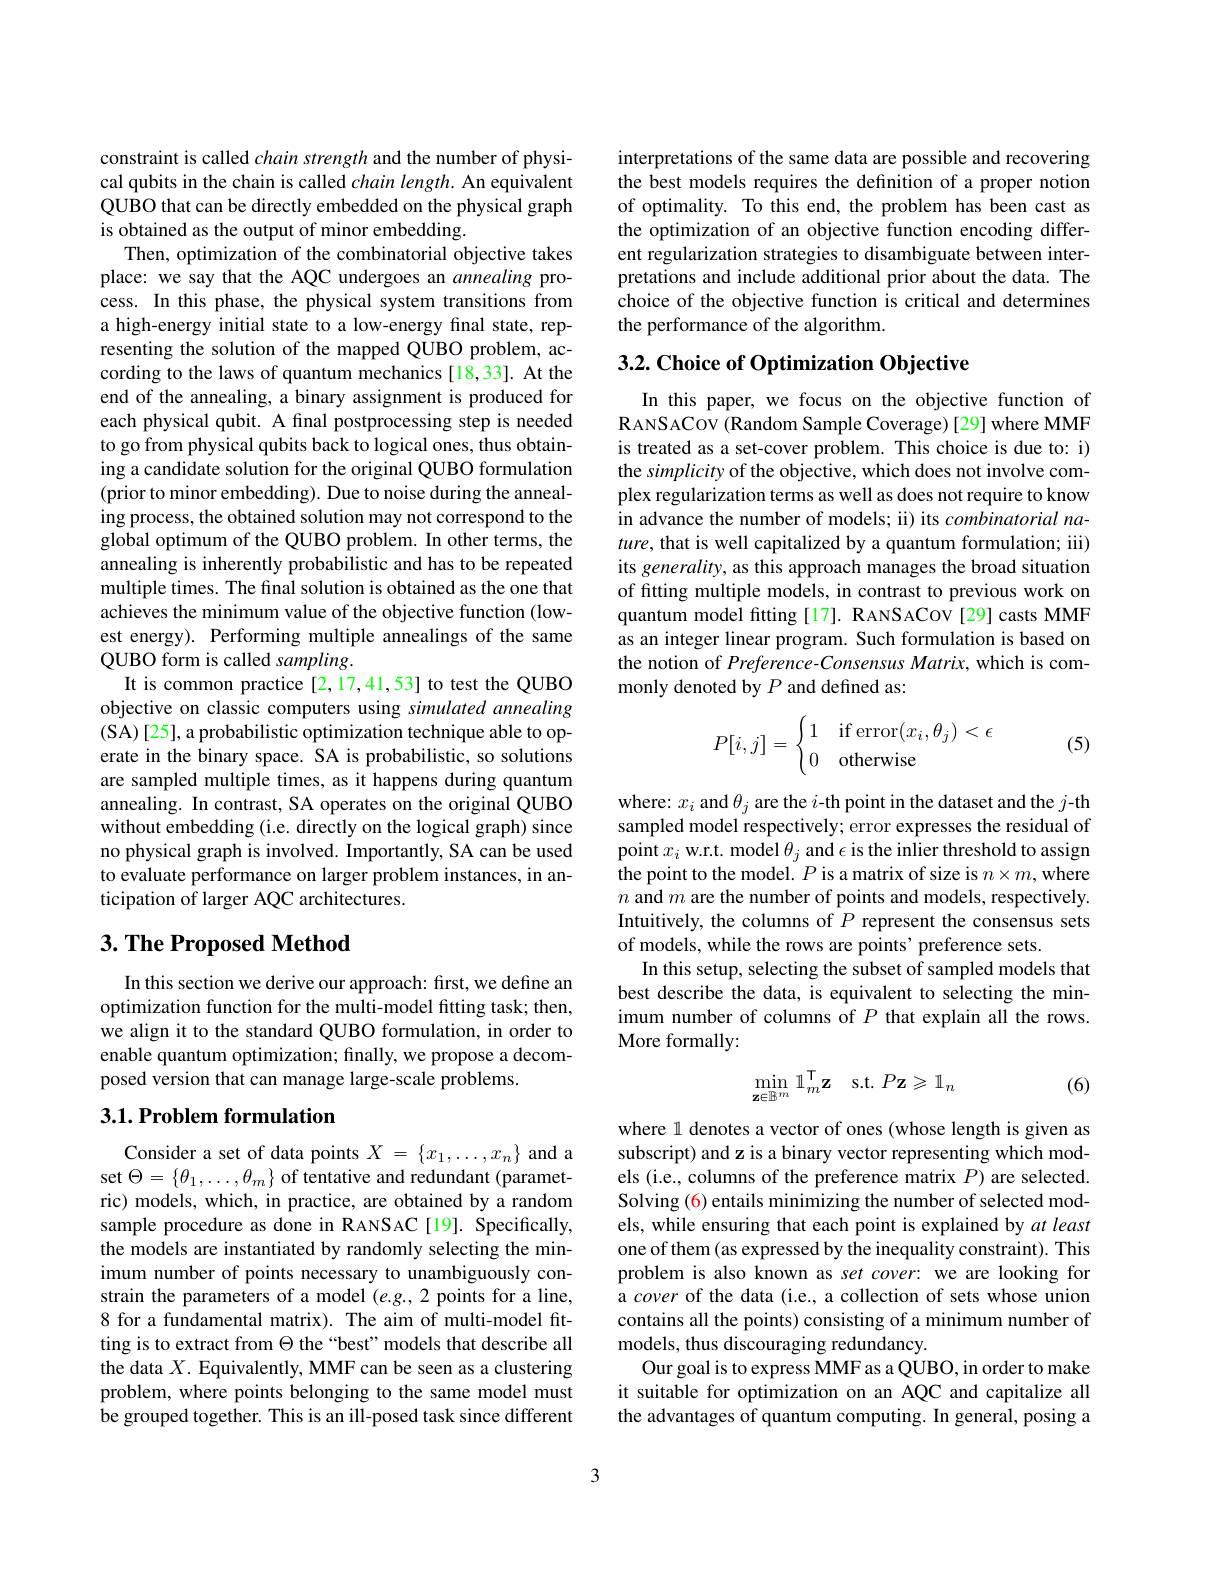
constraint is called chain strength and the number of physical qubits in the chain is called $chain\textit{length. An equivalent}$ QUBO that can be directly embedded on the physical graph is obtained as the output of minor embedding.
Then, optimization of the combinatorial objective takes place: we say that the AQC undergoes an annealing process. In this phase, the physical system transitions from a high-energy initial state to a low-energy final state, representing the solution of the mapped QUBO problem, according to the laws of quantum mechanics [18,33]. At the end of the annealing, a binary assignment is produced for each physical qubit. A final postprocessing step is needed to go from physical qubits back to logical ones, thus obtaining a candidate solution for the original QUBO formulation (prior to minor embedding). Due to noise during the annealing process, the obtained solution may not correspond to the global optimum of the QUBO problem. In other terms, the annealing is inherently probabilistic and has to be repeated multiple times. The final solution is obtained as the one that achieves the minimum value of the objective function (lowest energy). Performing multiple annealings of the same QUBO form is called sampling.
It is common practice [2,17,41,53] to test the QUBO objective on classic computers using simulated annealing (SA)[25], a probabilistic optimization technique able to operate in the binary space. SA is probabilistic, so solutions are sampled multiple times, as it happens during quantum annealing. In contrast, SA operates on the original QUBO without embedding (i.e. directly on the logical graph) since no physical graph is involved. Importantly, SA can be used to evaluate performance on larger problem instances, in anticipation of larger AQC architectures.

## $3. \textbf{ The Proposed Method}$

In this section we derive our approach: first, we define an optimization function for the multi-model fitting task; then, we align it to the standard QUBO formulation, in order to enable quantum optimization; finally, we propose a decomposed version that can manage large-scale problems.

## $3. 1. \textbf{Problem formulation}$

Consider a set of data points $X=\{x_1,\ldots,x_n\}$ and a set $\Theta=\{\theta_{1},\ldots,\theta_{m}\}$ of tentative and redundant (parametric) models, which, in practice, are obtained by a random sample procedure as done in RANSAC[19]. Specifically, the models are instantiated by randomly selecting the minimum number of points necessary to unambiguously constrain the parameters of a model $(e.g.,2$ points for a line, 8 for a fundamental matrix). The aim of multi-model fitting is to extract from $\Theta$ the “best”models that describe all the data $X.$ Equivalently, MMF can be seen as a clustering problem, where points belonging to the same model must be grouped together. This is an ill-posed task since different

interpretations of the same data are possible and recovering the best models requires the definition of a proper notion of optimality. To this end, the problem has been cast as the optimization of an objective function encoding different regularization strategies to disambiguate between interpretations and include additional prior about the data. The choice of the objective function is critical and determines the performance of the algorithm.

## $3. 2. \textbf{ Choice of Optimization Objective}$

In this paper, we focus on the objective function of RANSACOV (Random Sample Coverage) [29] where MMF is treated as a set-cover problem. This choice is due to: i) the simplicity of the objective, which does not involve complex regularization terms as well as does not require to know in advance the number of models; ii) its combinatorial na- $ture$, that is well capitalized by a quantum formulation; iii) its generality, as this approach manages the broad situation of fitting multiple models, in contrast to previous work on quantum model fitting [17]. RANSACOV [29] casts MMF as an integer linear program. Such formulation is based on the notion of Preference-Consensus Matrix, which is commonly denoted by $P$ and defined as:
$$P[i,j]=\begin{cases}1&\text{if}\operatorname{error}(x_i,\theta_j)<\epsilon\\0&\text{otherwise}\end{cases}$$
(5)

where: $x_i$ and $\theta_j$ are the $i$-th point in the dataset and the $j$-th sampled model respectively; error expresses the residual of point $x_i$ w.r.t. model $\theta_j$ and $\epsilon$ is the inlier threshold to assign the point to the model. $P$ is a matrix of size is $n\times m$,where $n$ and $m$ are the number of points and models, respectively. Intuitively, the columns of $P$ represent the consensus sets of models, while the rows are points' preference sets.
In this setup, selecting the subset of sampled models that best describe the data, is equivalent to selecting the minimum number of columns of $P$ that explain all the rows. More formally:
$$\min_{\mathbf{z}\in\mathbb{B}^m}\mathbb{1}_m^\mathsf{T}\mathbf{z}\quad\mathrm{s.t.}P\mathbf{z}\geqslant\mathbb{1}_n$$
(6)

where l denotes a vector of ones (whose length is given as subscript) and z is a binary vector representing which models (i.e., columns of the preference matrix $P)$ are selected. Solving (6) entails minimizing the number of selected models, while ensuring that each point is explained by $at\textit{least}$ one of them (as expressed by the inequality constraint). This problem is also known as set cover: we are looking for a cover of the data (i.e., a collection of sets whose union contains all the points) consisting of a minimum number of models, thus discouraging redundancy.
Our goal is to express MMF as a QUBO, in order to make it suitable for optimization on an AQC and capitalize all the advantages of quantum computing. In general, posing a

3